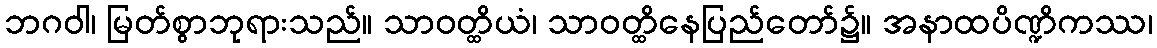
ဘဂဝါ၊ မြတ်စွာဘုရားသည်။ သာဝတ္ထိယံ၊ သာဝတ္ထိနေပြည်တော်၌။ အနာထပိဏ္ဍိကဿ၊